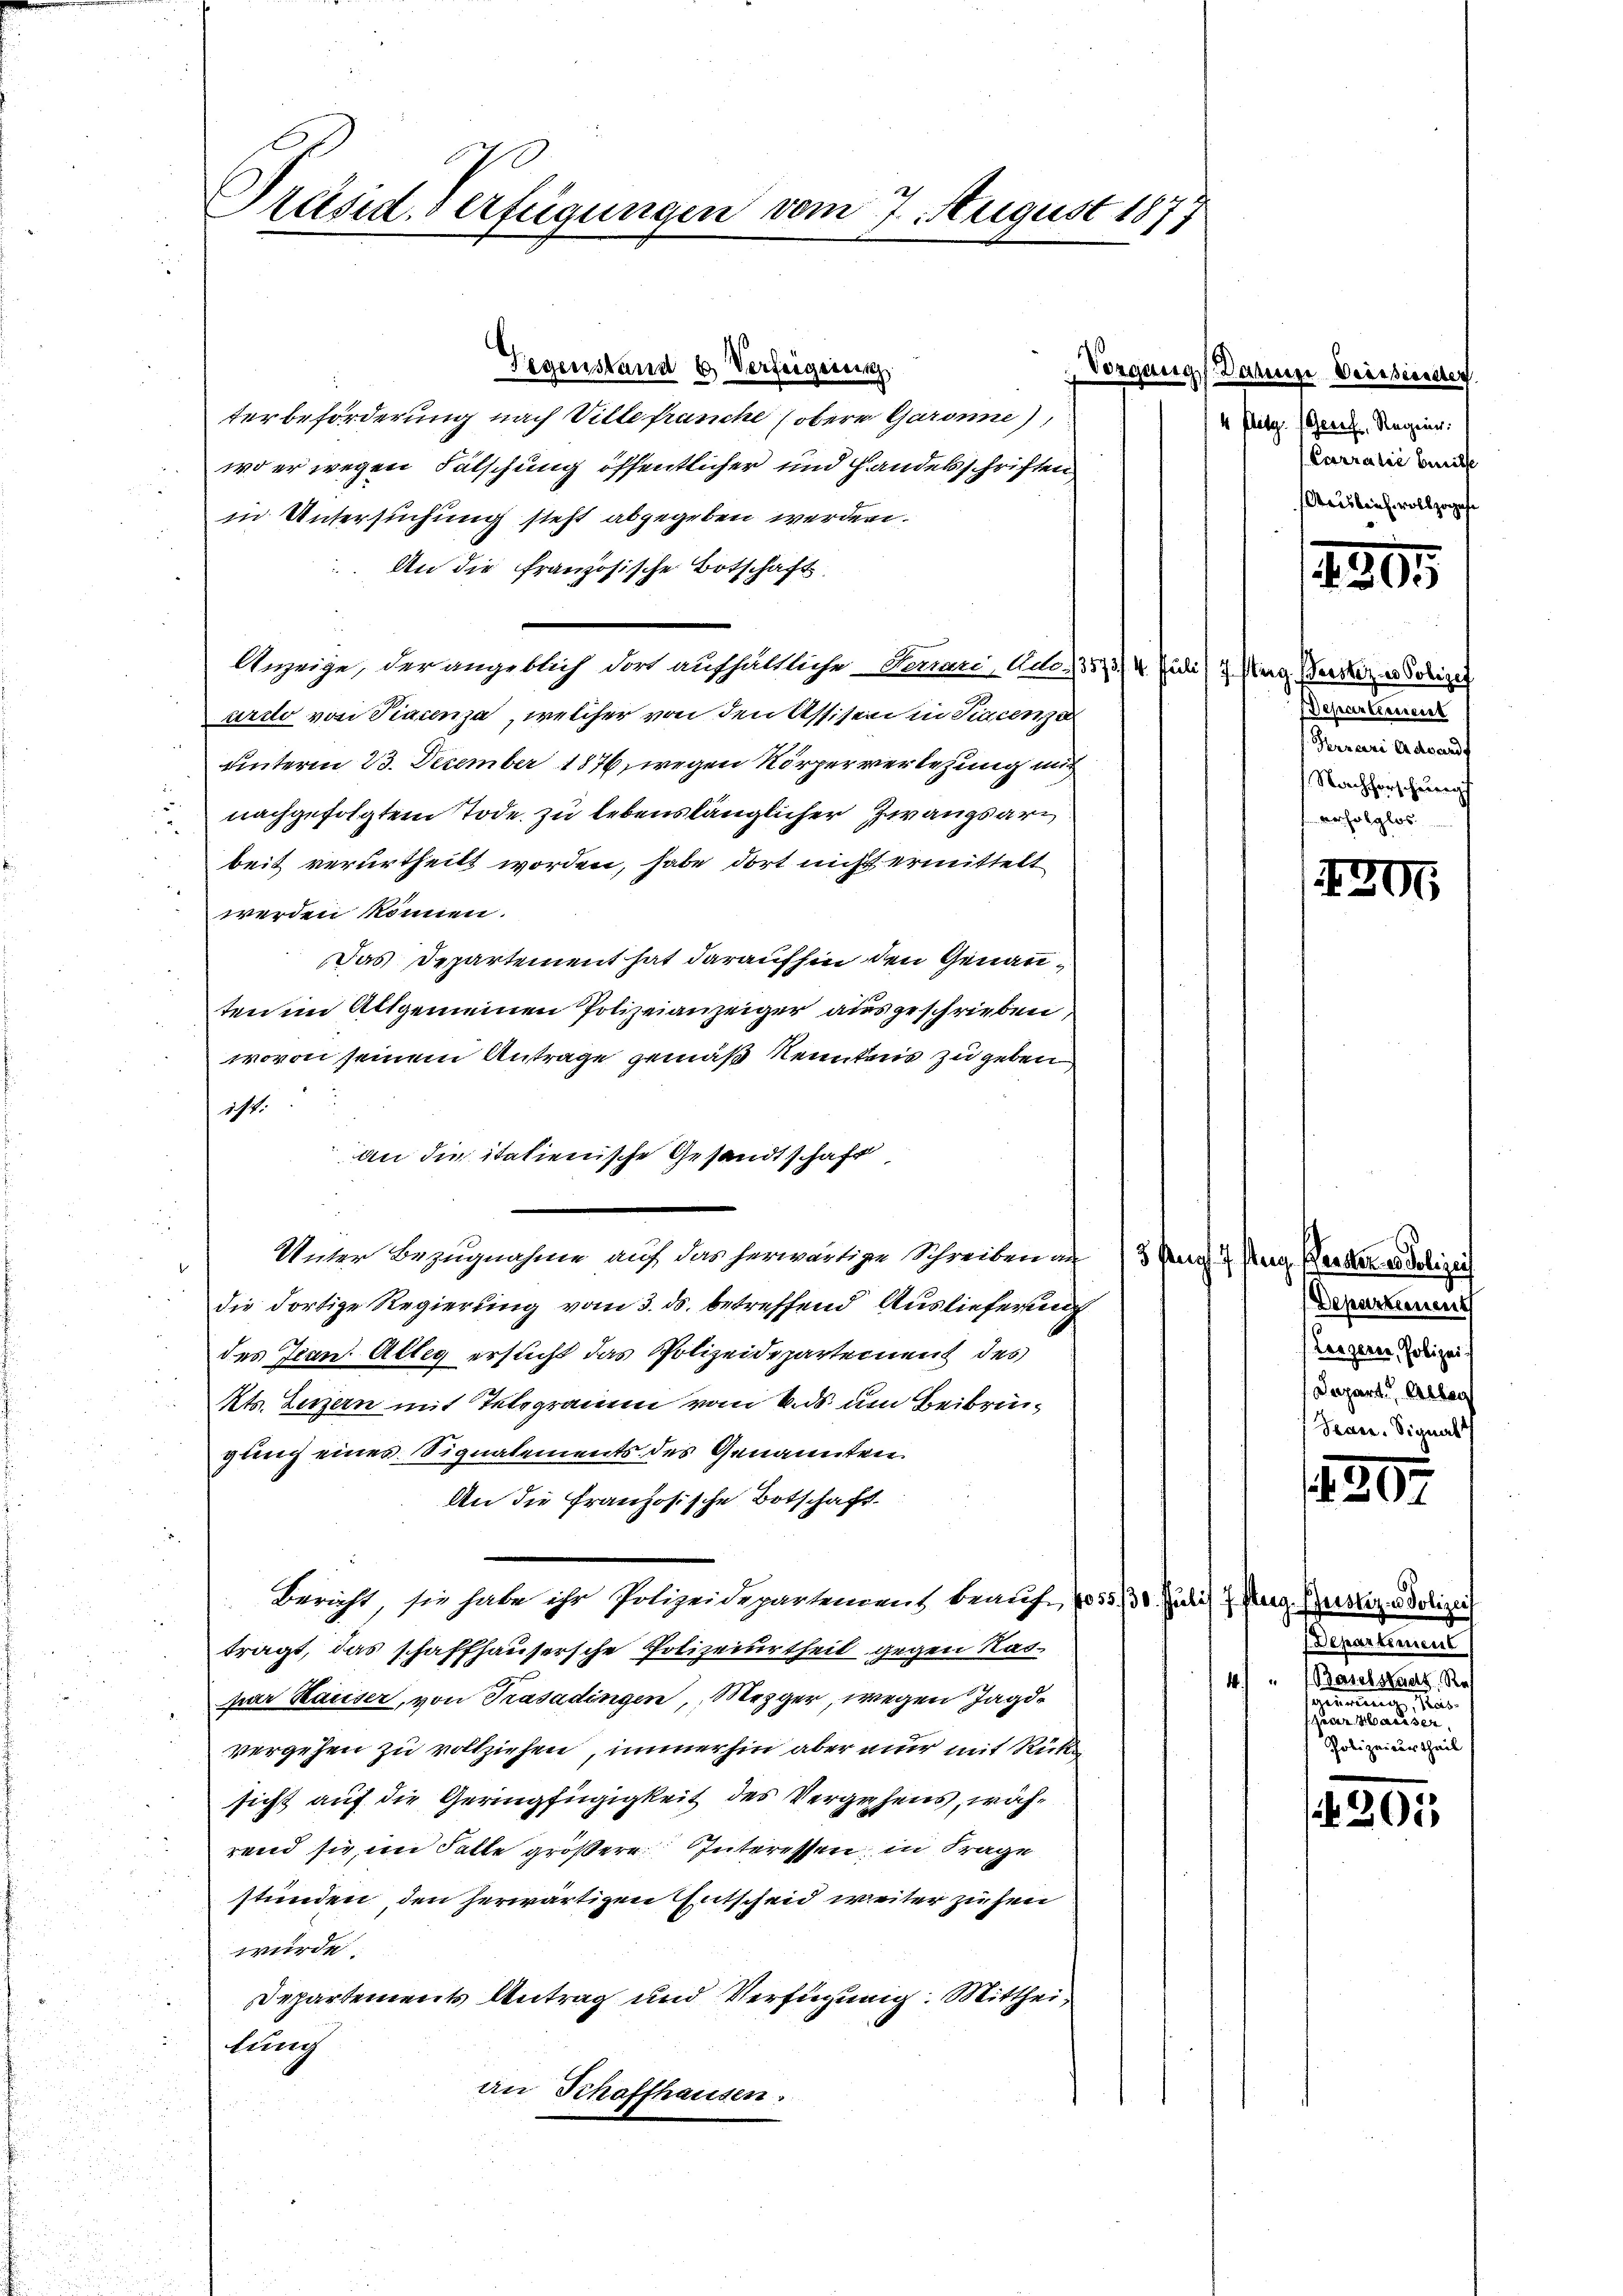
Präsid. Verfügungen vom 7. August 1871

Gegenstand & Verfeigerung
terbeförderung nach Ville franche (obere Garanne),
wo er wegen Fälschung öffentlicher und Handelsschriften
in Untersuchung steht abgegeben werden.
 An die französische Botschaft
Anzeige, der angeblich dort aufhältliche Gemari, Ado. 3573/4. Juli) 7. Aug. Berez u. Polize
ardo von Piacenza, welcher von den Assisen in Sincenza
unterm 23. December 1876, wegen Körperverlegung mit
nachgefolgtem Tode zu lebenslänglicher Zwangsarbeit verurtheilt worden, habe dort nicht ermittelt
werden können.
Das Departement hat daraufhin den Genauten im Altgemeinen Polizeianzeiger ausgeschrieben,
wovon seinem Antrage gemäß Kenntnis zu geben
ist:
an die italienische Gesandtschaft
Unter Bezugnahme auf das herwärtige Schreiben auf 13 Pag. 2 Pag. Parker ad Schizer
die dortige Regierung vom 3. ds. betreffend Auslieferung
des Jean Alteg ersucht das Polizeidepartement des
Kts. Luzern mit Telegramm vom 6. ds. um Beibringung eines Signalements des Genannten
An die Französische Botschaft
Bericht, sie habe ihr Polizeidepartement beauft, 1055/30. Juli 7. Aug. Gerolz u. Polizei
tragt, das schaffhausersche Polizeiurtheil gegen Naspar Hauser, von Trasadingen, Mezger, wegen Jagdvergehen zu vollziehen, immerhin aber nur mit Rücke
sicht auf die Geringfügigkeit des Vergehens, während sie, im Falle größere Interessen in Frage
stunden, den herwärtigen Entscheid weiter ziehen
würde:
Departements Antrag und Verfügung: Mittheilung
an Schaffhausen.

Vorgangs. Daher Weissender
4 Platz. Genf, Regen.
Ccerralić beeilte
Aigleich vollzogen

12305

Departerseit
Ferrari Adwandt
Nachforscheungs
erfolglos

.

205

Departement
(Leszerer, Polizei.
Depart Alber
Tean. Signal

5
 207.

Departement
4.) " Baselstaus Re
sezimmenge, Mus
paar sei eine neues er
Polizeiurtheil

20